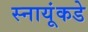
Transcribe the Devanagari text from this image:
स्नायूंकडे